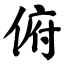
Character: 俯